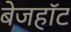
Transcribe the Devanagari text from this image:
बेजहॉट